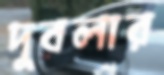
দুবলার